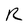
Character: R